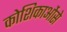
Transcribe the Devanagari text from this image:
कोशिकाओंसे